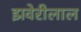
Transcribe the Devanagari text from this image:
झवेरीलाल